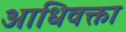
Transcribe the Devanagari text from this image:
आधिवक्ता